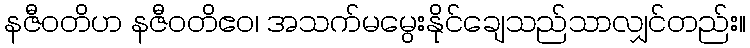
နဇီဝတိဟ နဇီဝတိဧဝ၊ အသက်မမွေးနိုင်ချေသည်သာလျှင်တည်း။